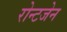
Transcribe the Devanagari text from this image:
रोन्टजेन